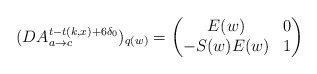
\begin{align*}(DA_{a\to c}^{t-t(k,x)+6\delta_0})_{q(w)}=\begin{pmatrix}E(w) &0\\-S(w)E(w) &1\end{pmatrix}\end{align*}